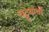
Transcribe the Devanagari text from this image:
चट्ट्यांची